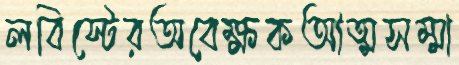
লবিস্টেরঅবেক্ষকআত্মসম্মা